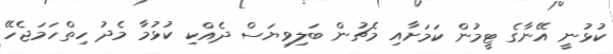
ކުޅުނީ އޭނާގެ ޓީމުން ކަމަށާއި މެޗުން ބަލިވިޔަސް ދެއްކި ކުޅުމާ މެދު ހިތްހަމަޖެހޭ